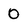
Character: 0